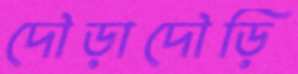
দৌড়াদৌড়ি